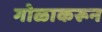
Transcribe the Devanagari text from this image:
गोळाकरून